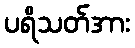
ပရိသတ်အား